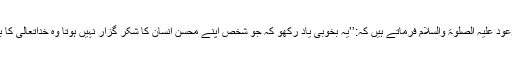
حضرت اقدس مسیح موعود علیہ الصلوٰۃ والسلام فرماتے ہیں کہ:’’یہ بخوبی یاد رکھو کہ جو شخص اپنے محسن انسان کا شکر گزار نہیں ہوتا وہ خداتعالیٰ کا بھی شکر نہیں کر سکتا۔